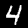
Digit: 4